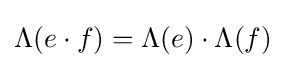
\Lambda (e\cdot f)=\Lambda (e)\cdot \Lambda (f)